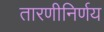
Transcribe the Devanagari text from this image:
तारणीनिर्णय